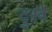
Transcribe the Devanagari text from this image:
दुखे